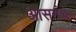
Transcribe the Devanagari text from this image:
आसनंच